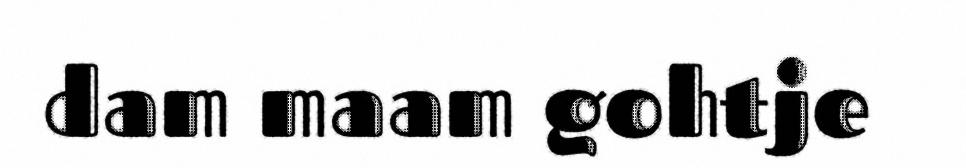
dam maam gohtje